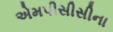
એમપીસીસીના